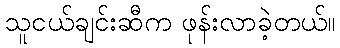
သူငယ်ချင်းဆီက ဖုန်းလာခဲ့တယ်။